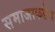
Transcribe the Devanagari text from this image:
समाजाकडेच